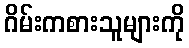
ဂိမ်းကစားသူများကို